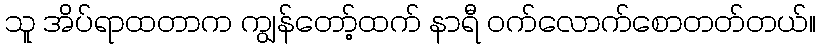
သူ အိပ်ရာထတာက ကျွန်တော့်ထက် နာရီ ဝက်လောက်စောတတ်တယ်။